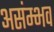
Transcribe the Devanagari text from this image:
असंम्भव